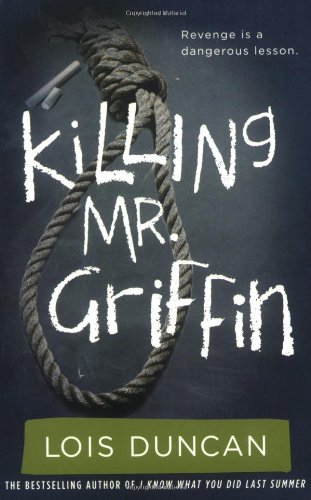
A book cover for Killing Mr. Griffin; Lois Duncan; Teen & Young Adult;